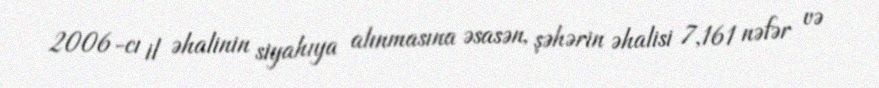
2006-cı il əhalinin siyahıya alınmasına əsasən, şəhərin əhalisi 7,161 nəfər və